Annual administration report of the Civil Veterinary Department of India - 1894-1895
Year: 1894
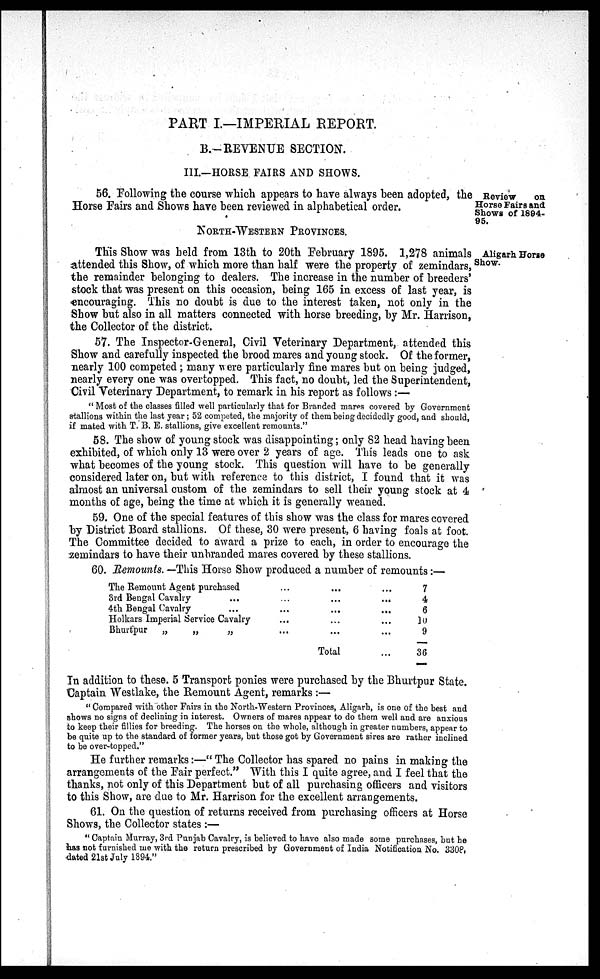
PART I.—IMPERIAL REPORT.
B.—REVENUE SECTION.
III.—HORSE FAIRS AND SHOWS.
Review
on
Horse Fairs and
Shows of 1894-
95.
56. Following the course which appears to have always been adopted, the
Horse Fairs and Shows have been reviewed in alphabetical order.
NORTH-WESTERN PROVINCES.
Aligarh Horse
Show.
This Show was held from 13th to 20th February 1895. 1,278 animals
attended this Show, of which more than half were the property of zemindars,
the remainder belonging to dealers. The increase in the number of breeders'
stock that was present on this occasion, being 165 in excess of last year, is
encouraging. This no doubt is due to the interest taken, not only in the
Show but also in all matters connected with horse breeding, by Mr. Harrison,
the Collector of the district.
57. The Inspector-General, Civil Veterinary Department, attended this
Show and carefully inspected the brood mares and young stock. Of the former,
nearly 100 competed; many were particularly fine mares but on being judged,
nearly every one was overtopped. This fact, no doubt, led the Superintendent,
Civil Veterinary Department, to remark in his report as follows :—
" Most of the classes filled well particularly that for Branded mares covered by Government
stallions within the last year; 52 competed, the majority of them being decidedly good, and should,
if mated with T. B. E. stallions, give excellent remounts."
58. The show of young stock was disappointing; only 82 head having been
exhibited, of which only 13 were over 2 years of age. This leads one to ask
what becomes of the young stock. This question will have to be generally
considered later on, but with reference to this district, I found that it was
almost an universal custom of the zemindars to sell their young stock at 4
months of age, being the time at which it is generally weaned.
59. One of the special features of this show was the class for mares covered
by District Board stallions. Of these, 30 were present, 6 having foals at foot.
The Committee decided to award a prize to each, in order to encourage the
zemindars to have their unbranded mares covered by these stallions.
60. Remounts. —This Horse Show produced a number of remounts:—
The Remount Agent purchased
...
...
...
3rd Bengal Cavalry
...
...
... ...
4th Bengal Cavalry
...
...
... ...
Holkars Imperial Service Cavalry
...
...
...
Bhurtpur
„
„
„
...
...
...
Total
...
7
4
6
10
9
36
In addition to these. 5 Transport ponies were purchased by the Bhurtpur State.
Captain Westlake, the Remount Agent, remarks :—
" Compared with other Fairs in the North-Western Provinces, Aligarh, is one of the best and
shows no signs of declining in interest. Owners of mares appear to do them well and are anxious
to keep their fillies for breeding. The horses on the whole, although in greater numbers, appear to
be quite up to the standard of former years, but those got by Government sires are rather inclined
to be over-topped."
He further remarks:—" The Collector has spared no pains in making the
arrangements of the Fair perfect." With this I quite agree, and I feel that the
thanks, not only of this Department but of all purchasing officers and visitors
to this Show, are due to Mr. Harrison for the excellent arrangements.
61. On the question of returns received from purchasing officers at Horse
Shows, the Collector states :—
" Captain Murray, 3rd Punjab Cavalry, is believed to have also made some purchases, but he
has not furnished me with the return prescribed by Government of India Notification No. 3308,
dated 21st July 1894."